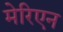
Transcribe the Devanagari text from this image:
मेरिएन